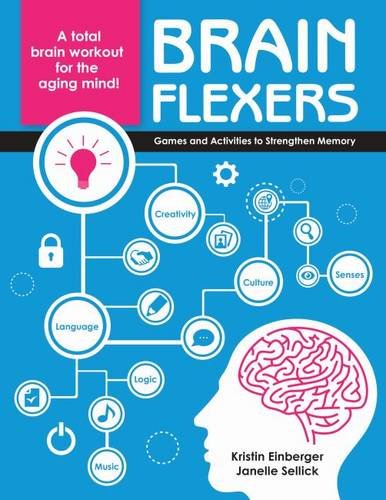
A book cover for Brain Flexers: Games and Activities to Strengthen Memory; Kristin Einberger; Medical Books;